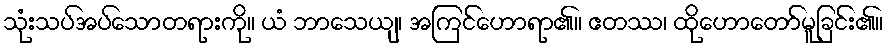
သုံးသပ်အပ်သောတရားကို။ ယံ ဘာသေယျ၊ အကြင်ဟောရာ၏။ ဧတဿ၊ ထိုဟောတော်မူခြင်း၏။